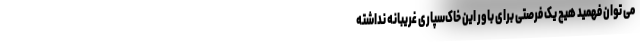
می توان فهمید هیچ یک فرصتی برای باور این خاک‌سپاری غریبانه نداشته